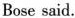
Bose said.